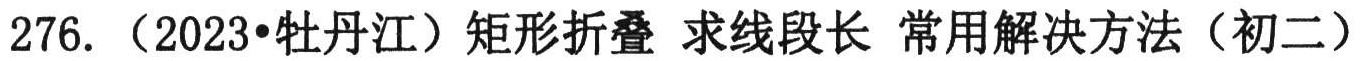
276. （2023•牡丹江）矩形折叠 求线段长 常用解决方法（初二）